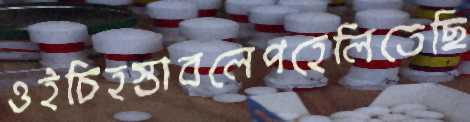
ওইচিহস্তাবলেপহেলিতেছি